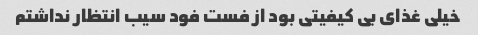
خیلی غذای بی کیفیتی بود از فست فود سیب انتظار نداشتم